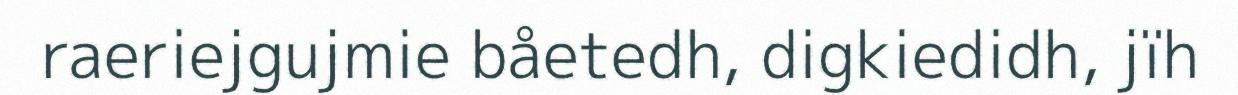
raeriejgujmie båetedh, digkiedidh, jïh